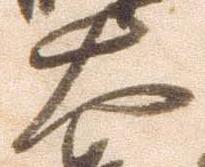
大